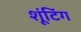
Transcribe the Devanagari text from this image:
शूंटिंग